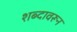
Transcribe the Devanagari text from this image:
शब्‍दावरून